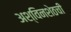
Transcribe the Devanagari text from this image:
अश्विनशेठची